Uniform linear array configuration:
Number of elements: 48
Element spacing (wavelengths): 0.5
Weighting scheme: exponential
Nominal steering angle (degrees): -30
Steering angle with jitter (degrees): -31.584
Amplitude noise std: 0.05
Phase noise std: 0.05

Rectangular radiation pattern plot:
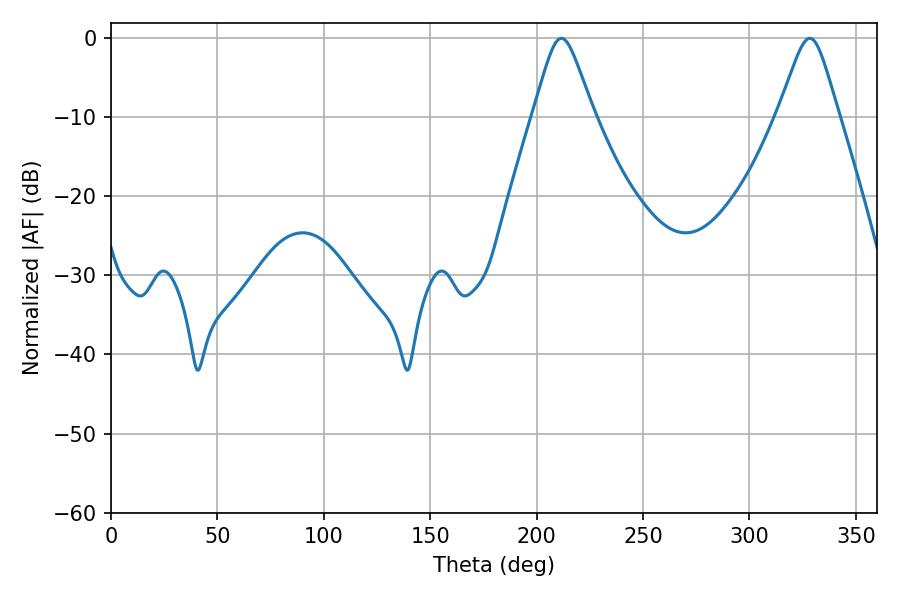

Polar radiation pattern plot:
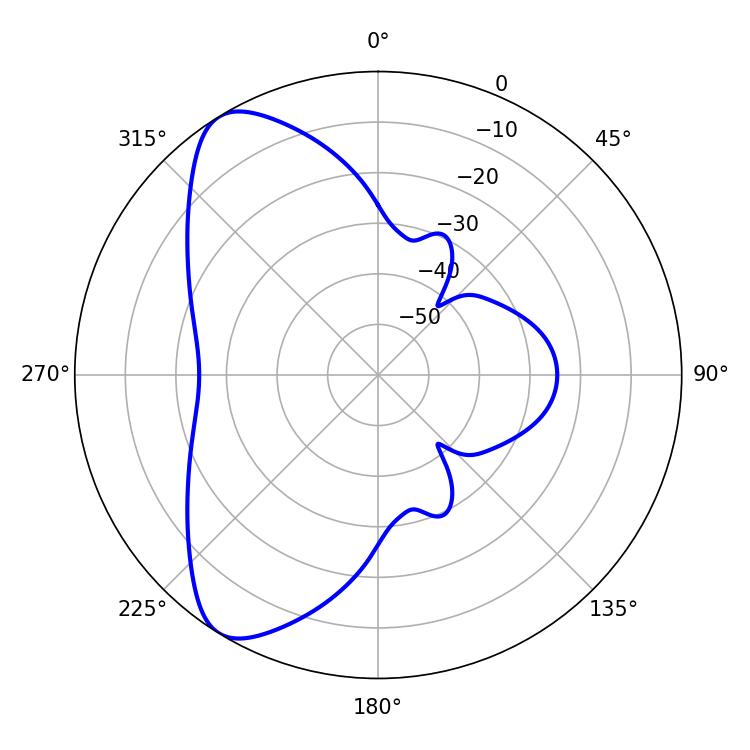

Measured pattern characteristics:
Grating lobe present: FALSE
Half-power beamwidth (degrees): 13.5
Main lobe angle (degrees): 211.68